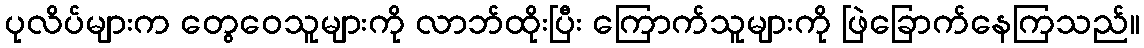
ပုလိပ်များက တွေဝေသူများကို လာဘ်ထိုးပြီး ကြောက်သူများကို ဖြဲခြောက်နေကြသည်။